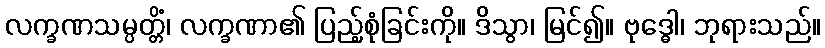
လက္ခဏသမ္ပတ္တိံ၊ လက္ခဏာ၏ ပြည့်စုံခြင်းကို။ ဒိသွာ၊ မြင်၍။ ဗုဒ္ဓေါ၊ ဘုရားသည်။